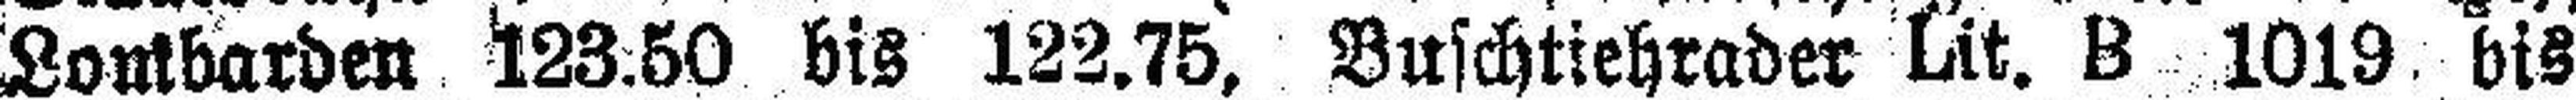
Lombarden 123.50 bis 122.75, Buschtiehrader Lit. B 1019 bis